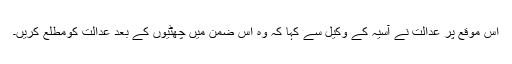
اس موقع پر عدالت نے آسیہ کے وکیل سے کہا کہ وہ اس ضمن میں چھٹیوں کے بعد عدالت کومطلع کریں۔